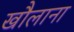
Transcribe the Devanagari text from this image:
खौलाना